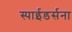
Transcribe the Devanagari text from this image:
स्पाईडर्सना